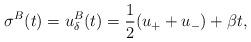
LaTeX: \begin{align*}\sigma^B(t)=u_\delta^{B}(t)=\frac{1}{2}(u_++u_-)+\beta t,\end{align*}